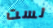
لست